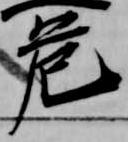
危